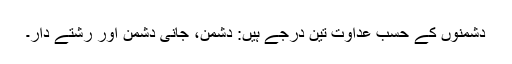
دشمنوں کے حسب عداوت تین درجے ہیں: دشمن، جانی دشمن اور رشتے دار۔